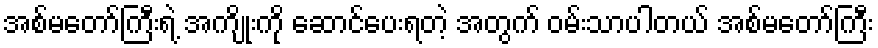
အစ်မတော်ကြီးရဲ့ အကျိုးကို ဆောင်ပေးရတဲ့ အတွက် ဝမ်းသာပါတယ် အစ်မတော်ကြီး